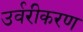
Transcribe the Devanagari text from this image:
उर्वरीकरण